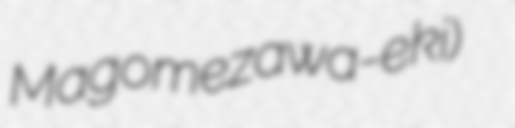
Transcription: Magomezawa-eki)